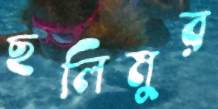
ছলিমুর